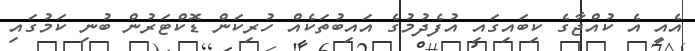
އެއީ އެ ކުއްޖާގެ ކިބައިގައި އުފެދުމުގެ އައިބުތަކެއް ހުރިކަން ޑޮކްޓަރުން ބުނި ކަމުގައި